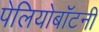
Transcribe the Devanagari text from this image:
पेलियोबॉटनी